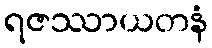
ရဇဿာယတနံ